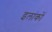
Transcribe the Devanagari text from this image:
इलांकों